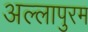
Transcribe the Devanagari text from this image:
अल्लापुरम